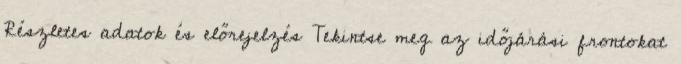
Részletes adatok és előrejelzés Tekintse meg az időjárási frontokat